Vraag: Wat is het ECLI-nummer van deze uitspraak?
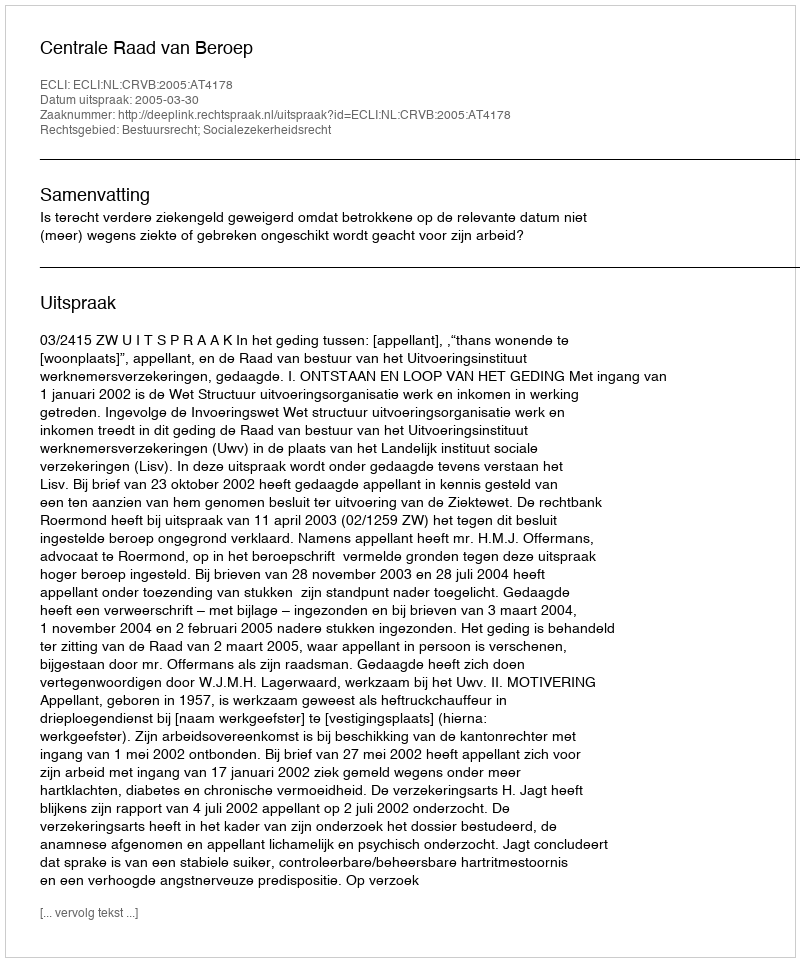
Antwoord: ECLI:NL:CRVB:2005:AT4178